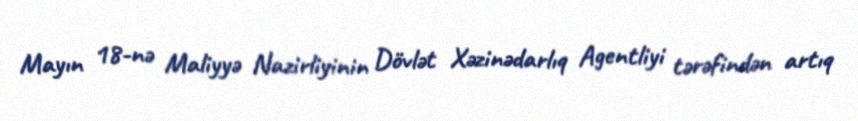
Mayın 18-nə Maliyyə Nazirliyinin Dövlət Xəzinədarlıq Agentliyi tərəfindən artıq